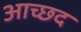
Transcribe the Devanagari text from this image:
आच्छद